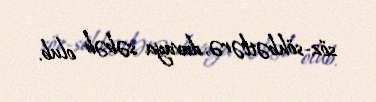
söz-söhbətlərə, davaya səbəb olub.